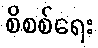
စိစစ်ရေး